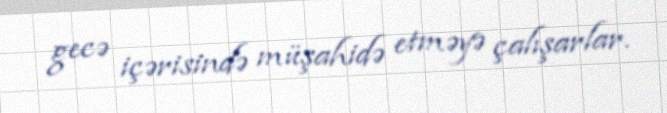
gecə içərisində müşahidə etməyə çalışarlar.